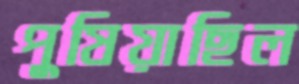
পুষিয়াছিল